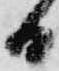
日